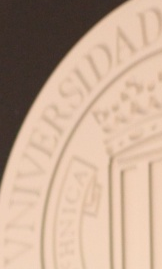
UNIVERSIDAD